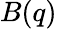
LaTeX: B(q)